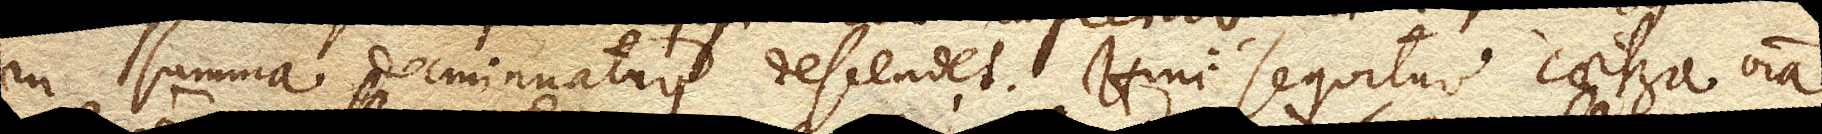
in summa deminuatur descendet. Hinc sequitur caetera omnia